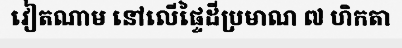
វៀតណាម នៅលើផ្ទៃដីប្រមាណ ៧ ហិកតា